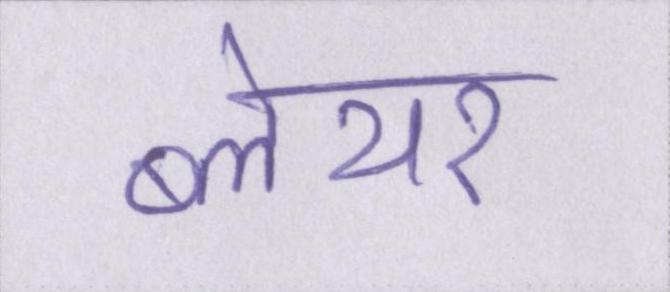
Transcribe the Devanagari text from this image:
ब्लेयर